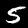
Digit: 5